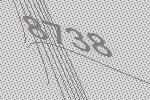
8738